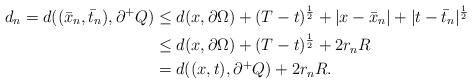
LaTeX: \begin{align*}d_n = d((\bar x_n, \bar t_n), \partial^+ Q) & \le d(x, \partial \Omega) + (T-t)^{\frac12} + |x-\bar x_n| + |t-\bar t_n|^{\frac12} \\& \le d(x, \partial \Omega) + (T-t)^{\frac12} + 2 r_n R \\& = d((x, t), \partial^+ Q) + 2 r_n R.\end{align*}